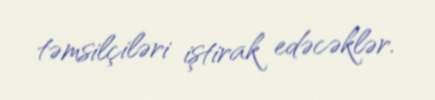
təmsilçiləri iştirak edəcəklər.